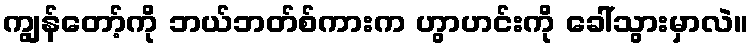
ကျွန်တော့်ကို ဘယ်ဘတ်စ်ကားက ဟွာဟင်းကို ခေါ်သွားမှာလဲ။